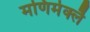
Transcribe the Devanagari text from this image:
मणिमेक्लै